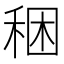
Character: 稇